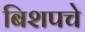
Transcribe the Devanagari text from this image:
बिशपचे